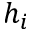
h _ { i }